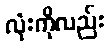
လုံးကိုလည်း